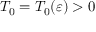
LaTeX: T _ { 0 } = T _ { 0 } ( \varepsilon ) > 0